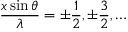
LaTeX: { \frac { x \sin \theta } { \lambda } } = \pm { \frac { 1 } { 2 } } , \pm { \frac { 3 } { 2 } } , \ldots